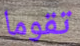
تقوما